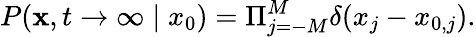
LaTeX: P(\mathbf{x},t\rightarrow\infty\mid x_{0})=\Pi_{j=-M}^{M}\delta(x_{j}-x_{0,j}).